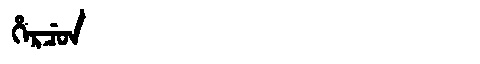
Manchu: ᡥᡝᡵᠴᡠᠨ
Romanization: HERCUN